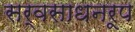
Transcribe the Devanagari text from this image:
सर्वसाधनरूप